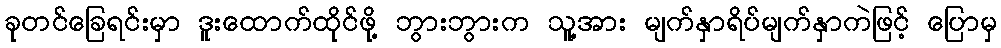
ခုတင်ခြေရင်းမှာ ဒူးထောက်ထိုင်ဖို့ ဘွားဘွားက သူ့အား မျက်နှာရိပ်မျက်နှာကဲဖြင့် ပြောမှ